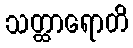
သတ္ထာရောတိ